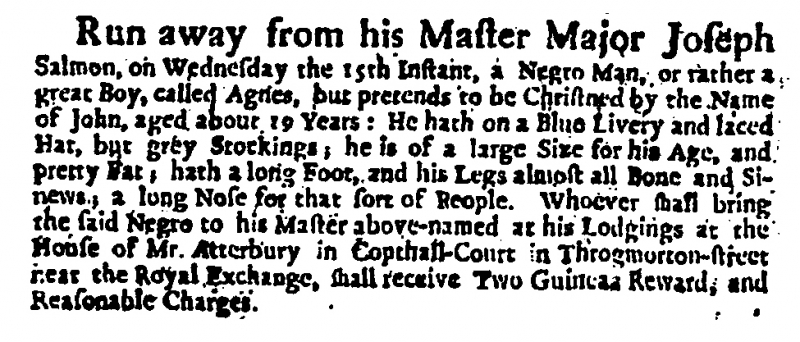
Daily Courant, 30 March 1721 (England)
Run away from his Master, Major Joseph Salmon, on Wednesday the 15th Instant, a Negro Man, or rather a great Boy, called Agnes, but pretends to be Christened by the Name of John, aged about 19 Years: He hath on a Blue Livery and laced Hat, but grey Stockings, he is of a large Size for his Age, and pretty Fat, hath a long Foot, and his Legs almost all Bone and Sinews, a long Nose for that sort of People. Whoever shall bring the said Negro to his Master above-named, at his Lodgings, at the House of Mr. Atterbury, in Copthall-Court in Throgmorton-street, near the Royal Exchange, shall receive Two Guineas Reward, and Reasonable Charges.